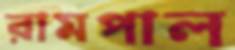
রামপাল